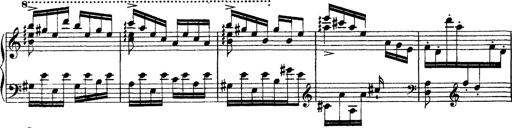
Title: Grandes Ã©tudes de Paganini
Composer: Franz Liszt